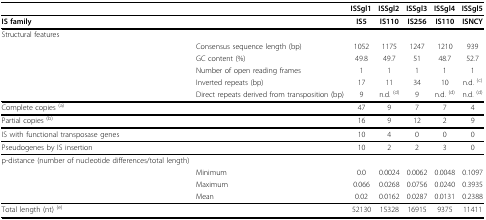
<table><thead><tr><td></td><td></td><td><b>ISSgl1</b></td><td><b>ISSgl2</b></td><td><b>ISSgl3</b></td><td><b>ISSgl4</b></td><td><b>ISSgl5</b></td></tr></thead><tbody><tr><td><b>IS family</b></td><td></td><td><b>IS5</b></td><td><b>IS110</b></td><td><b>IS256</b></td><td><b>IS110</b></td><td><b>ISNCY</b></td></tr><tr><td>Structural features</td><td></td><td></td><td></td><td></td><td></td><td></td></tr><tr><td></td><td>Consensus sequence length (bp)</td><td>1052</td><td>1175</td><td>1247</td><td>1210</td><td>939</td></tr><tr><td></td><td>GC content (%)</td><td>49.8</td><td>49.7</td><td>51</td><td>48.7</td><td>52.7</td></tr><tr><td></td><td>Number of open reading frames</td><td>1</td><td>1</td><td>1</td><td>1</td><td>1</td></tr><tr><td></td><td>Inverted repeats (bp)</td><td>17</td><td>11</td><td>34</td><td>10</td><td>n.d. <sup>(c)</sup></td></tr><tr><td></td><td>Direct repeats derived from transposition (bp)</td><td>9</td><td>n.d. <sup>(d)</sup></td><td>9</td><td>n.d. <sup>(d)</sup></td><td>n.d. <sup>(d)</sup></td></tr><tr><td>Complete copies <sup>(a)</sup></td><td></td><td>47</td><td>9</td><td>7</td><td>7</td><td>4</td></tr><tr><td>Partial copies <sup>(b)</sup></td><td></td><td>16</td><td>9</td><td>12</td><td>2</td><td>9</td></tr><tr><td>IS with functional transposase genes</td><td></td><td>10</td><td>4</td><td>0</td><td>0</td><td>0</td></tr><tr><td>Pseudogenes by IS insertion</td><td></td><td>10</td><td>2</td><td>2</td><td>3</td><td>0</td></tr><tr><td>p-distance (number of nucleotide differences/total length)</td><td></td><td></td><td></td><td></td><td></td><td></td></tr><tr><td></td><td>Minimum</td><td>0.0</td><td>0.0024</td><td>0.0062</td><td>0.0048</td><td>0.1097</td></tr><tr><td></td><td>Maximum</td><td>0.066</td><td>0.0268</td><td>0.0756</td><td>0.0240</td><td>0.3935</td></tr><tr><td></td><td>Mean</td><td>0.02</td><td>0.0162</td><td>0.0287</td><td>0.0131</td><td>0.2388</td></tr><tr><td>Total length (nt) <sup>(e)</sup></td><td></td><td>52130</td><td>15328</td><td>16915</td><td>9375</td><td>11411</td></tr></tbody></table>